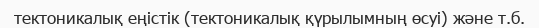
тектоникалық еңістік (тектоникалық қүрылымның өсуі) және т.б.